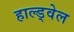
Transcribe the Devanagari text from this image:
हाल्ड्वेल